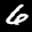
Label: 6